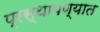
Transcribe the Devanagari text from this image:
प्रस्थापण्यात